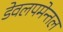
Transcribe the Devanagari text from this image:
डेवलपमेन्तल